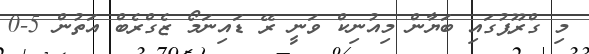
މި ގްރޫޕުގައި ބަޔާން މިއުނިކް ވަނީ ރޭ ޑައިނަމޯ ޒެގްރެބް އަތުން 5-0